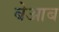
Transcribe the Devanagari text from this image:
बेआब